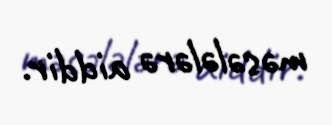
məsələlərə aiddir.